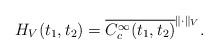
LaTeX: \begin{align*} H_V(t_1, t_2) = \overline{ C_c^\infty(t_1, t_2) }^{\| \cdot \|_V}.\end{align*}